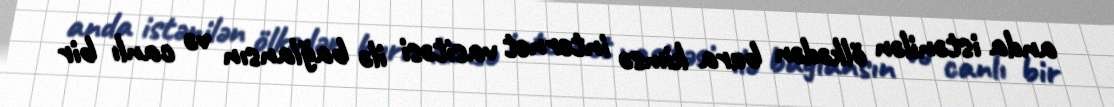
anda istənilən ölkədən bura kimsə internet vasitəsi ilə bağlansın və canlı bir